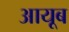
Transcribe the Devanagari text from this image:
आयूब